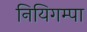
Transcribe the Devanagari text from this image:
नियिगम्‍पा